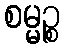
စမ္မဉ္စ